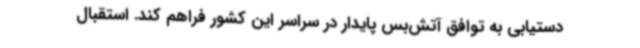
دستیابی به توافق آتش‌بس پایدار در سراسر این کشور فراهم کند. استقبال